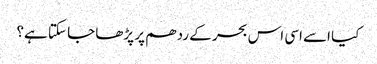
کیا اسے اسی اس بحر کے ردھم پر پڑھا جا سکتا ہے؟